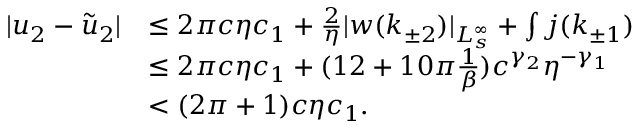
\begin{array} { r l } { \vert u _ { 2 } - \tilde { u } _ { 2 } \vert } & { \le 2 \pi c \eta c _ { 1 } + \frac 2 \eta \vert w ( k _ { \pm 2 } ) \vert _ { L _ { s } ^ { \infty } } + \int j ( k _ { \pm 1 } ) } \\ & { \le 2 \pi c \eta c _ { 1 } + ( 1 2 + 1 0 \pi \frac 1 \beta ) c ^ { \gamma _ { 2 } } \eta ^ { - \gamma _ { 1 } } } \\ & { < ( 2 \pi + 1 ) c \eta c _ { 1 } . } \end{array}